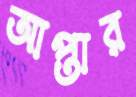
আপ্তার